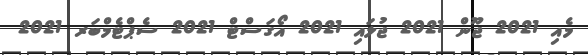
މެއި 2021 ޖޫން 2021 ޖުލައި 2021 އޯގަސްޓް 2021 ސެޕްޓެމްބަރ 2021